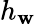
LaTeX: h_{\mathbf{w}}